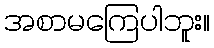
အစာမကြေပါဘူး။